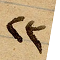
٢٣